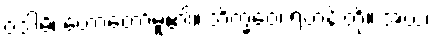
ဝဒါမိ၊ ဟောတော်မူ၏။ ဘိက္ခဝေ၊ ရဟန်းတို့။ အယံ၊